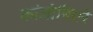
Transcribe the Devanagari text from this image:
कांजोनिएरे